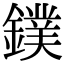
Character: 鏷